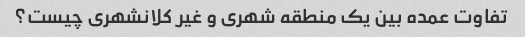
تفاوت عمده بین یک منطقه شهری و غیر کلانشهری چیست؟